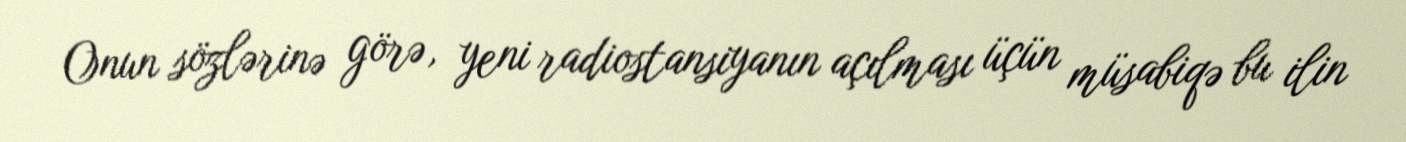
Onun sözlərinə görə, yeni radiostansiyanın açılması üçün müsabiqə bu ilin